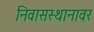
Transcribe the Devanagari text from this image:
निवासस्थानावर